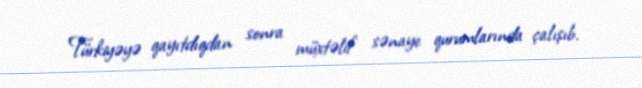
Türkiyəyə qayıtdıqdan sonra müxtəlif sənaye qurumlarında çalışıb.